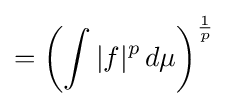
=\left(\int |f|^{p}\,d\mu \right)^{\frac {1}{p}}